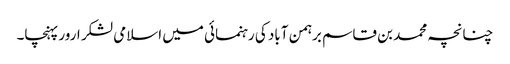
چنانچہ محمد بن قاسم برہمن آباد کی رہنمائی میں اسلامی لشکر ارور پہنچا۔